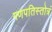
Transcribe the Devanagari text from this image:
गणपतिस्तोत्रं